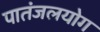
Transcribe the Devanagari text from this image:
पातंजलयोग